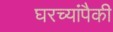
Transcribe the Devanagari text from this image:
घरच्यांपैकी